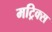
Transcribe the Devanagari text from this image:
मट्रिक्स